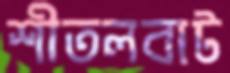
শীতলবাট